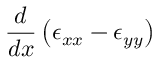
\frac { d } { d x } \left( \epsilon _ { x x } - \epsilon _ { y y } \right)